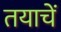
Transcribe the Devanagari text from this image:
तयाचें